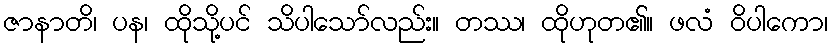
ဇာနာတိ၊ ပန၊ ထိုသို့ပင် သိပါသော်လည်း။ တဿ၊ ထိုဟုတ၏။ ဖလံ ဝိပါကော၊